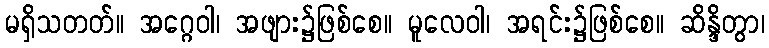
မရှိသတတ်။ အဂ္ဂေဝါ၊ အဖျား၌ဖြစ်စေ။ မူလေဝါ၊ အရင်း၌ဖြစ်စေ။ ဆိန္ဒိတွာ၊